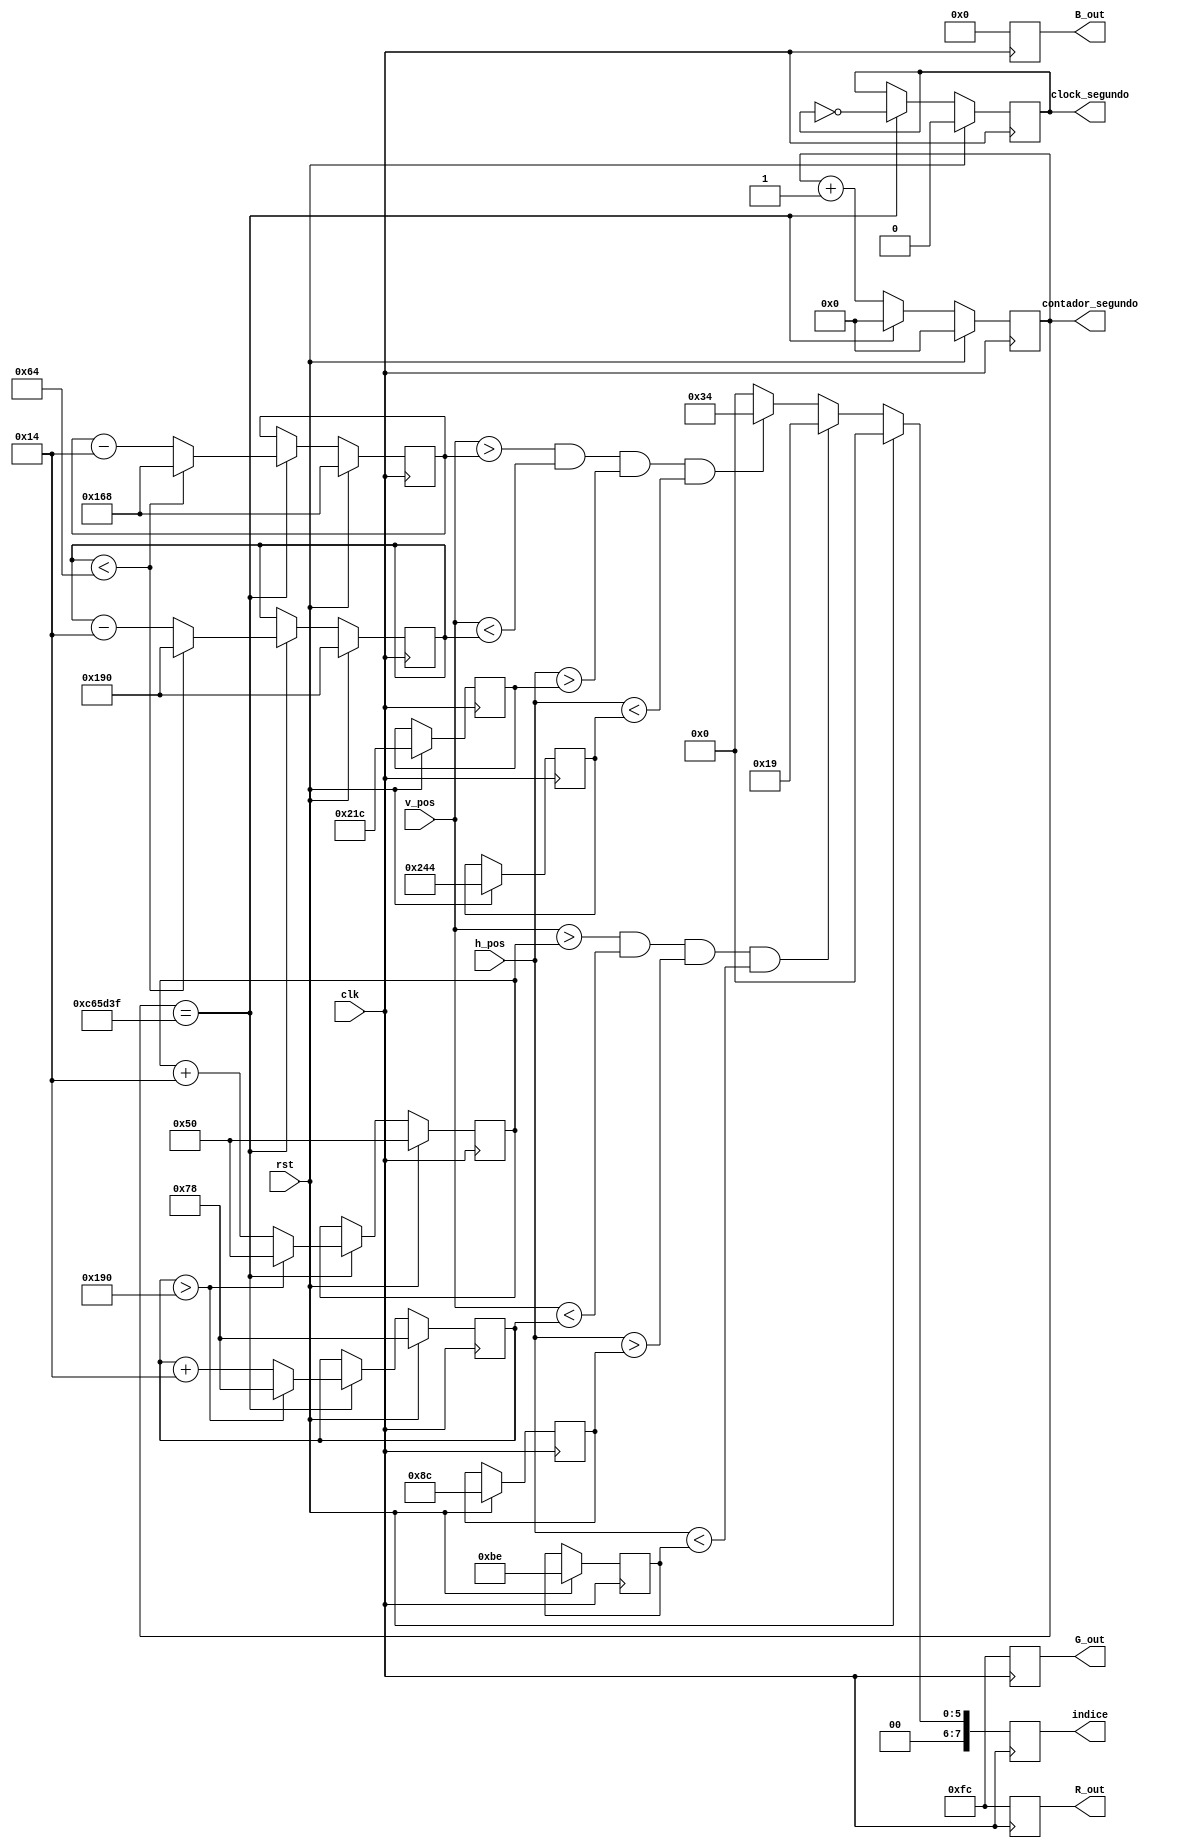
module GPU_processador(
	h_pos,
	v_pos,
	clk,
	rst,
	//RGB_in,
	
	//addr,
	indice,
	R_out,
	G_out,
	B_out,
	clock_segundo,contador_segundo
	
);
//obtem as posicoes atuais do controlador vga
//obtem o pixel background atual da memoria, relativo  essa posicao
//envia o pixel atual com o indice sprite relacionado para o modulo sprite
	
	input clk, rst;
	input [9:0] h_pos, v_pos;
	//input [23:0] RGB_in;
	output reg [7:0] R_out, G_out, B_out;
	output reg [7:0] indice;
	output reg [25:0] contador_segundo;
	output reg clock_segundo;
	//output reg [10:0] addr;
	reg [9:0] h_pos_minimo, h_pos_maximo, v_pos_minimo, v_pos_maximo, h_pos_minimo2, h_pos_maximo2, v_pos_minimo2, v_pos_maximo2;
	
	
	always @(posedge clk)
	begin
	
		if (rst == 1'b1)
		begin
			//contador <= 4'b0000;
			indice <= 8'h00;
			R_out <= 8'b11111100;
			G_out <= 8'b11111100;
			B_out <= 8'b00000000;
			clock_segundo <= 0;
			contador_segundo <= 0;
			h_pos_minimo <= 140;
			h_pos_maximo <= 190;
			h_pos_minimo2 <= 540;
			h_pos_maximo2 <= 580;
			v_pos_minimo <= 80;
			v_pos_maximo <= 120;
			v_pos_minimo2 <= 360;
			v_pos_maximo2 <= 400;
			
		end
		
		else
		begin
		
			if(contador_segundo == 12999999 ) begin
					clock_segundo <= !clock_segundo;
					contador_segundo <= 0;
				
					v_pos_minimo <= v_pos_minimo + 20;
					v_pos_maximo <= v_pos_maximo + 20;
				
					v_pos_minimo2 <= v_pos_minimo2 - 20;
					v_pos_maximo2 <= v_pos_maximo2 - 20;
				
					if (v_pos_maximo > 400) begin
						v_pos_minimo <= 80;
						v_pos_maximo <= 120;
					end
				
					if (v_pos_maximo2 < 100) begin
						v_pos_minimo2 <= 360;
						v_pos_maximo2 <= 400;
					end
				
				
				end
				else contador_segundo <= contador_segundo + 1;
			
			//testando sprites
			if ( (v_pos > v_pos_minimo ) && (v_pos < v_pos_maximo) && (h_pos > h_pos_minimo) && (h_pos < h_pos_maximo))
					indice <= 25;
			else
			begin
				if ( (v_pos > v_pos_minimo2 ) && (v_pos < v_pos_maximo2) && (h_pos > h_pos_minimo2) && (h_pos < h_pos_maximo2))
					indice <= 52;
				else	indice <= 8'b00000000;
			end
				
			R_out <= 8'b11111100;
			G_out <= 8'b11111100;
			B_out <= 8'b00000000;
			
		end
		
	end
	
	

endmodule